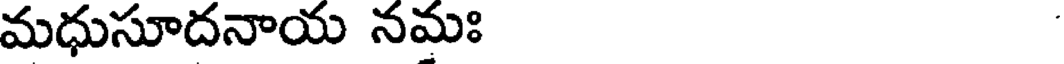
మధుసూదనాయ నమః